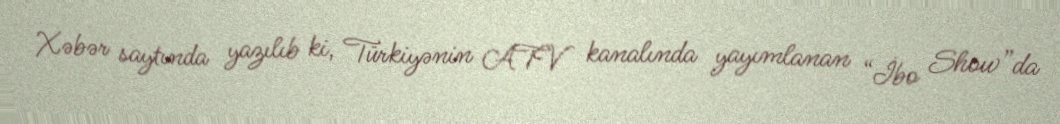
Xəbər saytında yazılıb ki, Türkiyənin ATV kanalında yayımlanan “İbo Show”da